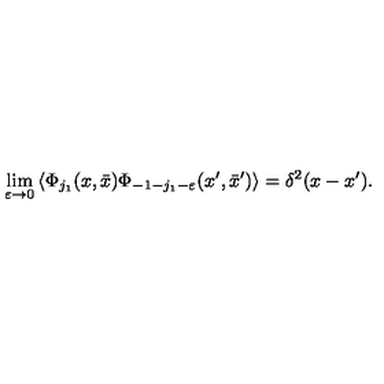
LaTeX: \lim _ { \varepsilon \rightarrow 0 } \left\langle \Phi _ { j _ { 1 } } ( x , \bar { x } ) \Phi _ { - 1 - j _ { 1 } - \varepsilon } ( x ^ { \prime } , \bar { x } ^ { \prime } ) \right\rangle = \delta ^ { 2 } ( x - x ^ { \prime } ) .